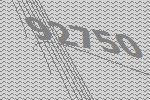
92750